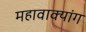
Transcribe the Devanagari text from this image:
महावाक्यांग